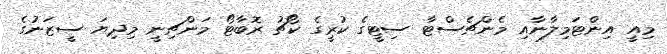
މިއީ އިންޓަމިލާނާއި މެންޗެސްޓާ ސިޓީގެ ކުރީގެ ކޯޗު ރޮބާޓޯ މަންޗިނީ މިދިޔަ ސީޒަނުގެ